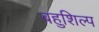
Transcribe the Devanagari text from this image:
बहुशिल्प